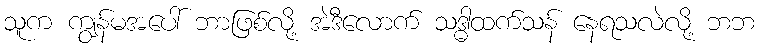
သူက ကျွန်မအပေါ် ဘာဖြစ်လို့ အဲဒီလောက် သဒ္ဓါထက်သန် နေရသလဲလို့ ဘဘ